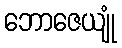
ဘောဇေယျုံ